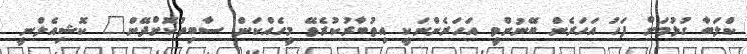
ކްލަބާ ގުޅުމަށް ފަހު އަހަރެން ބޭނުންވީ އަހަރެންނަކީ އިތުބާރުކުރެވޭ މީހެއްކަން ސާބިތުކޮށްދޭން" ކޮޝިއެލްނީ